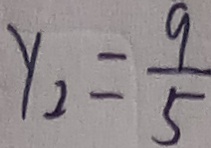
y _ { 2 } = \frac { 9 } { 5 }